system: You are a helpful assistant.
user:
Analyze the provided spectrum to determine if it is a **White Dwarf (WD)**.

A White Dwarf spectrum is defined by its **extreme purity** (due to gravitational settling) and/or **extreme pressure broadening** (due to high surface gravity). You must check for one of the following mutually exclusive signatures:

- **Key Visual Indicators (Check for ONE of these types):**

    - **1. DA-Type Signature (Most Common):**
        - **(Primary Feature):** Extreme pressure broadening (Stark broadening) of the **Hydrogen (H) Balmer lines**.
        - **(Key Lines):** $H\beta$ (approx. $4861$ Å) and $H\gamma$ (approx. $4340$ Å). $H\alpha$ (approx. $6563$ Å) will also be present if the wavelength range covers it.
        - **(Line Profile):** This is the **defining feature**. The lines are **NOT** sharp. They appear as massive, **extremely broad and deep "troughs" or "dips"** in the spectrum, often hundreds of Ångströms wide. The continuum will appear to "scoop" down at these wavelengths.
        - **(Distinction):** Normal A-type or B-type stars have *narrow* and *sharp* Hydrogen lines. A DA White Dwarf's lines are unmistakably "smeared" or "blurry" from pressure.

    - **2. DB-Type Signature:**
        - **(Primary Feature):** Broad absorption lines from **Neutral Helium (He I)**. The spectrum must lack any visible Hydrogen lines.
        - **(Key Lines):** Look for broad absorption near $4471$ Å, $4921$ Å, and $5876$ Å.
        - **(Line Profile):** These lines are also significantly pressure-broadened, appearing much wider than they would in a normal B-type main-sequence star.

    - **3. DC-Type Signature:**
        - **(Primary Feature):** A **featureless continuous spectrum**.
        - **(Line Profile):** The spectrum is a smooth curve with **no significant absorption or emission lines**.
        - **(Key Confirmation):** The continuum is almost always **blue or white**, indicating a hot object. This signature implies the atmosphere is so pure (or so cool) that no spectral lines are visible in the optical range. Its WD identity is confirmed by its extremely low intrinsic brightness (high absolute magnitude).

    - **4. DZ-Type Signature (Metal-Polluted):**
        - **(Primary Feature):** **Isolated, narrow metal absorption lines** on an otherwise featureless (DC-like) continuum.
        - **(Key Lines):** The **Calcium (Ca II) H & K doublet** (approx. **$3934$ Å** and **$3968$ Å**) is the most common and defining feature.
        - **(Line Profile):** These lines are "out of place." They are *not* part of a "forest" of thousands of lines. This signature is evidence of recent *accretion* (pollution) from rocky debris.
        - **(Distinction):** Normal G/K/M stars have a *dense forest* of thousands of metal lines. A DZ has a *clean* continuum with *only a few* strong metal lines.

    - **5. DQ-Type Signature (Carbon-Polluted):**
        - **(Primary Feature):** Absorption bands from **Carbon (C₂ "Swan Bands" or atomic C I)**.
        - **(Key Lines - C₂):** Look for bandheads with a "saw-tooth" shape near $5635$ Å, **$5165$ Å** (strongest), and $4737$ Å.
        - **(Key Confirmation):** The underlying **continuum must be blue or white** (hot).
        - **(Distinction):** This is the critical difference from a **Carbon Star**, which has the *exact same* C₂ bands but on an extremely **red, cool** continuum.

- **(Overall Spectrum):**
    - The continuum (overall shape) is typically **blue-sloping** (brighter in the blue than the red), as most white dwarfs are very hot.
    - The spectrum will look "pure" or "simple," dominated by only *one* of the five signatures listed above.

Think first, call **spectral_visualization_tool** if needed to examine features in detail, then provide your final answer. Your response must adhere to the following strict rules:
1.  **Overall Structure:** Your response must follow the format `<think>...</think> <tool_call>...</tool_call> (if a tool is used) <answer>...</answer>`.
2.  **Tool Usage Constraint:** You may only make **one** tool call per turn.
3.  **Final Answer Format:** In the `<answer>` tag, your conclusion must be inside a `\boxed{}` command (e.g., `\boxed{YES}` or `\boxed{NO}`), followed by your justification.

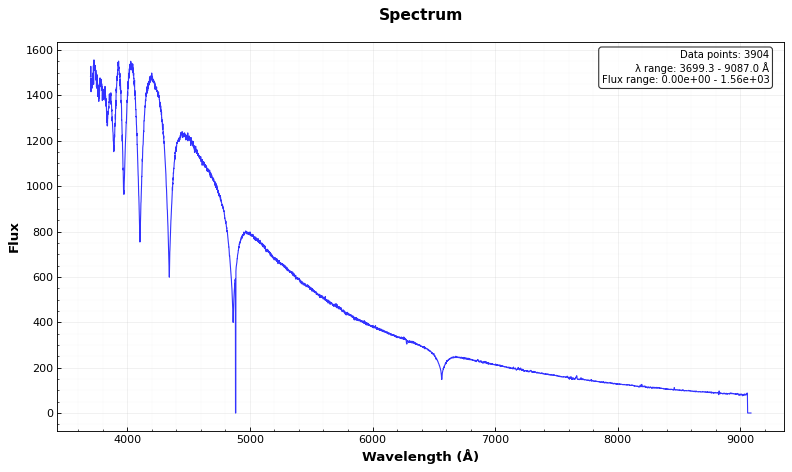
Answer: YES